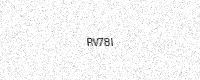
Text: RV78I